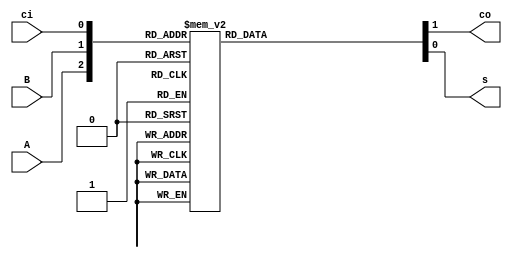
//-----------------------------------------------------------------------------
//
// Title       : FA3
// Design      : lab2
// Company     : catholic university
//
//-----------------------------------------------------------------------------
//
// Generated   : Mon Jun  6 14:24:55 2022
// From        : interface description file
// By          : Itf2Vhdl ver. 1.22
//
//-----------------------------------------------------------------------------
//
// Description : 
//
//-----------------------------------------------------------------------------
`timescale 1 ns / 1 ps

//{{ Section below this comment is automatically maintained
//   and may be overwritten
//{module {FA3}}
module FA3 ( A ,B ,ci ,co ,s );

input A ;
wire A ;
input B ;
wire B ;
input ci ;
wire ci ;
output co ;
reg co ;
output s ;
reg s ;
//}} End of automatically maintained section

always @(A or B or ci) begin
	case({A, B, ci})
		3'b000 : {co, s} = 2'b00;
		3'b001 : {co, s} = 2'b01;
		3'b010 : {co, s} = 2'b01;
		3'b100 : {co, s} = 2'b01;
		3'b011 : {co, s} = 2'b10;
		3'b101 : {co, s} = 2'b10;
		3'b110 : {co, s} = 2'b10;
		3'b111 : {co, s} = 2'b11;
	endcase
end
// -- Enter your statements here -- //

endmodule